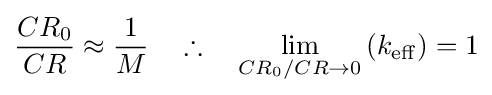
{CR_{0} \over CR}\approx {1 \over M}\quad \therefore \quad \lim _{CR_{0}/CR\rightarrow 0}\left({k_{\mathrm {eff} }}\right)=1